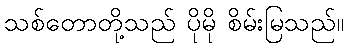
သစ်တောတို့သည် ပိုမို စိမ်းမြသည်။